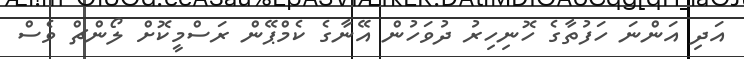
އަދި އަންނަ ހަފުތާގެ ހޮނިހިރު ދުވަހުން އޭނާގެ ކެމްޕޭން ރަސްމީކޮށް ލޯންޗް ވެސް